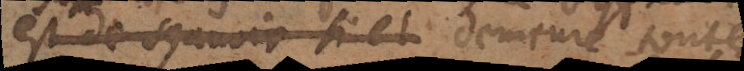
est de sçavoir si et demeure toute